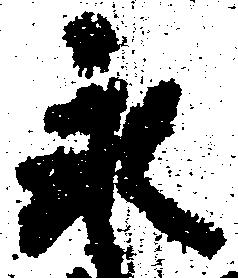
永